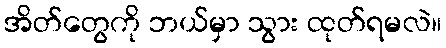
အိတ်တွေကို ဘယ်မှာ သွား ထုတ်ရမလဲ။